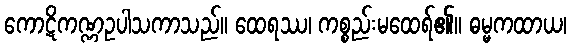
ကောဋိကဏ္ဏဥပါသကာသည်။ ထေရဿ၊ ကစ္စည်းမထေရ်၏။ ဓမ္မကထာယ၊